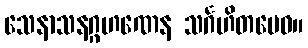
သေနာသနဂ္ဂဟဏေန သင်္ဂဟိတမေဝ။